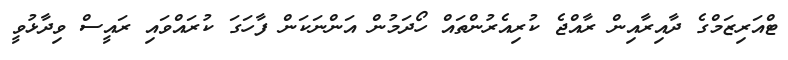
ޓްއަރިޒަމްގެ ދާއިރާއިން ރާއްޖެ ކުރިއެރުންތައް ހޯދަމުން އަންނަކަން ފާހަގަ ކުރައްވައި ރައީސް ވިދާޅުވީ